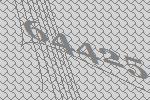
64425